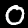
Digit: 0